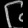
Digit: ၆